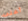
أعلى